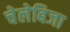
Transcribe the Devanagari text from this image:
चेलेबिजा